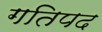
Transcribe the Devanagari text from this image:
गतिपद